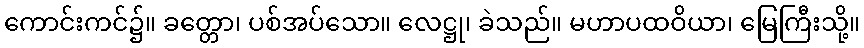
ကောင်းကင်၌။ ခတ္တော၊ ပစ်အပ်သော။ လေဋ္ဌု၊ ခဲသည်။ မဟာပထဝိယာ၊ မြေကြီးသို့။